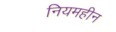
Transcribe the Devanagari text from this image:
नियमहीन